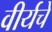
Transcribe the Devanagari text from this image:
वीर्यचे